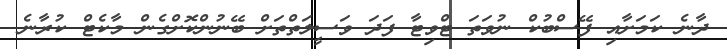
ދާނެ ކަމަށާއި ފޭސްބުކް ނުވަތަ ޓްވިޓާ ފަދަ ވަސީލަތްތަށް ބޭނުންކޮށްގެން މާކެޓް ކުރާނެ